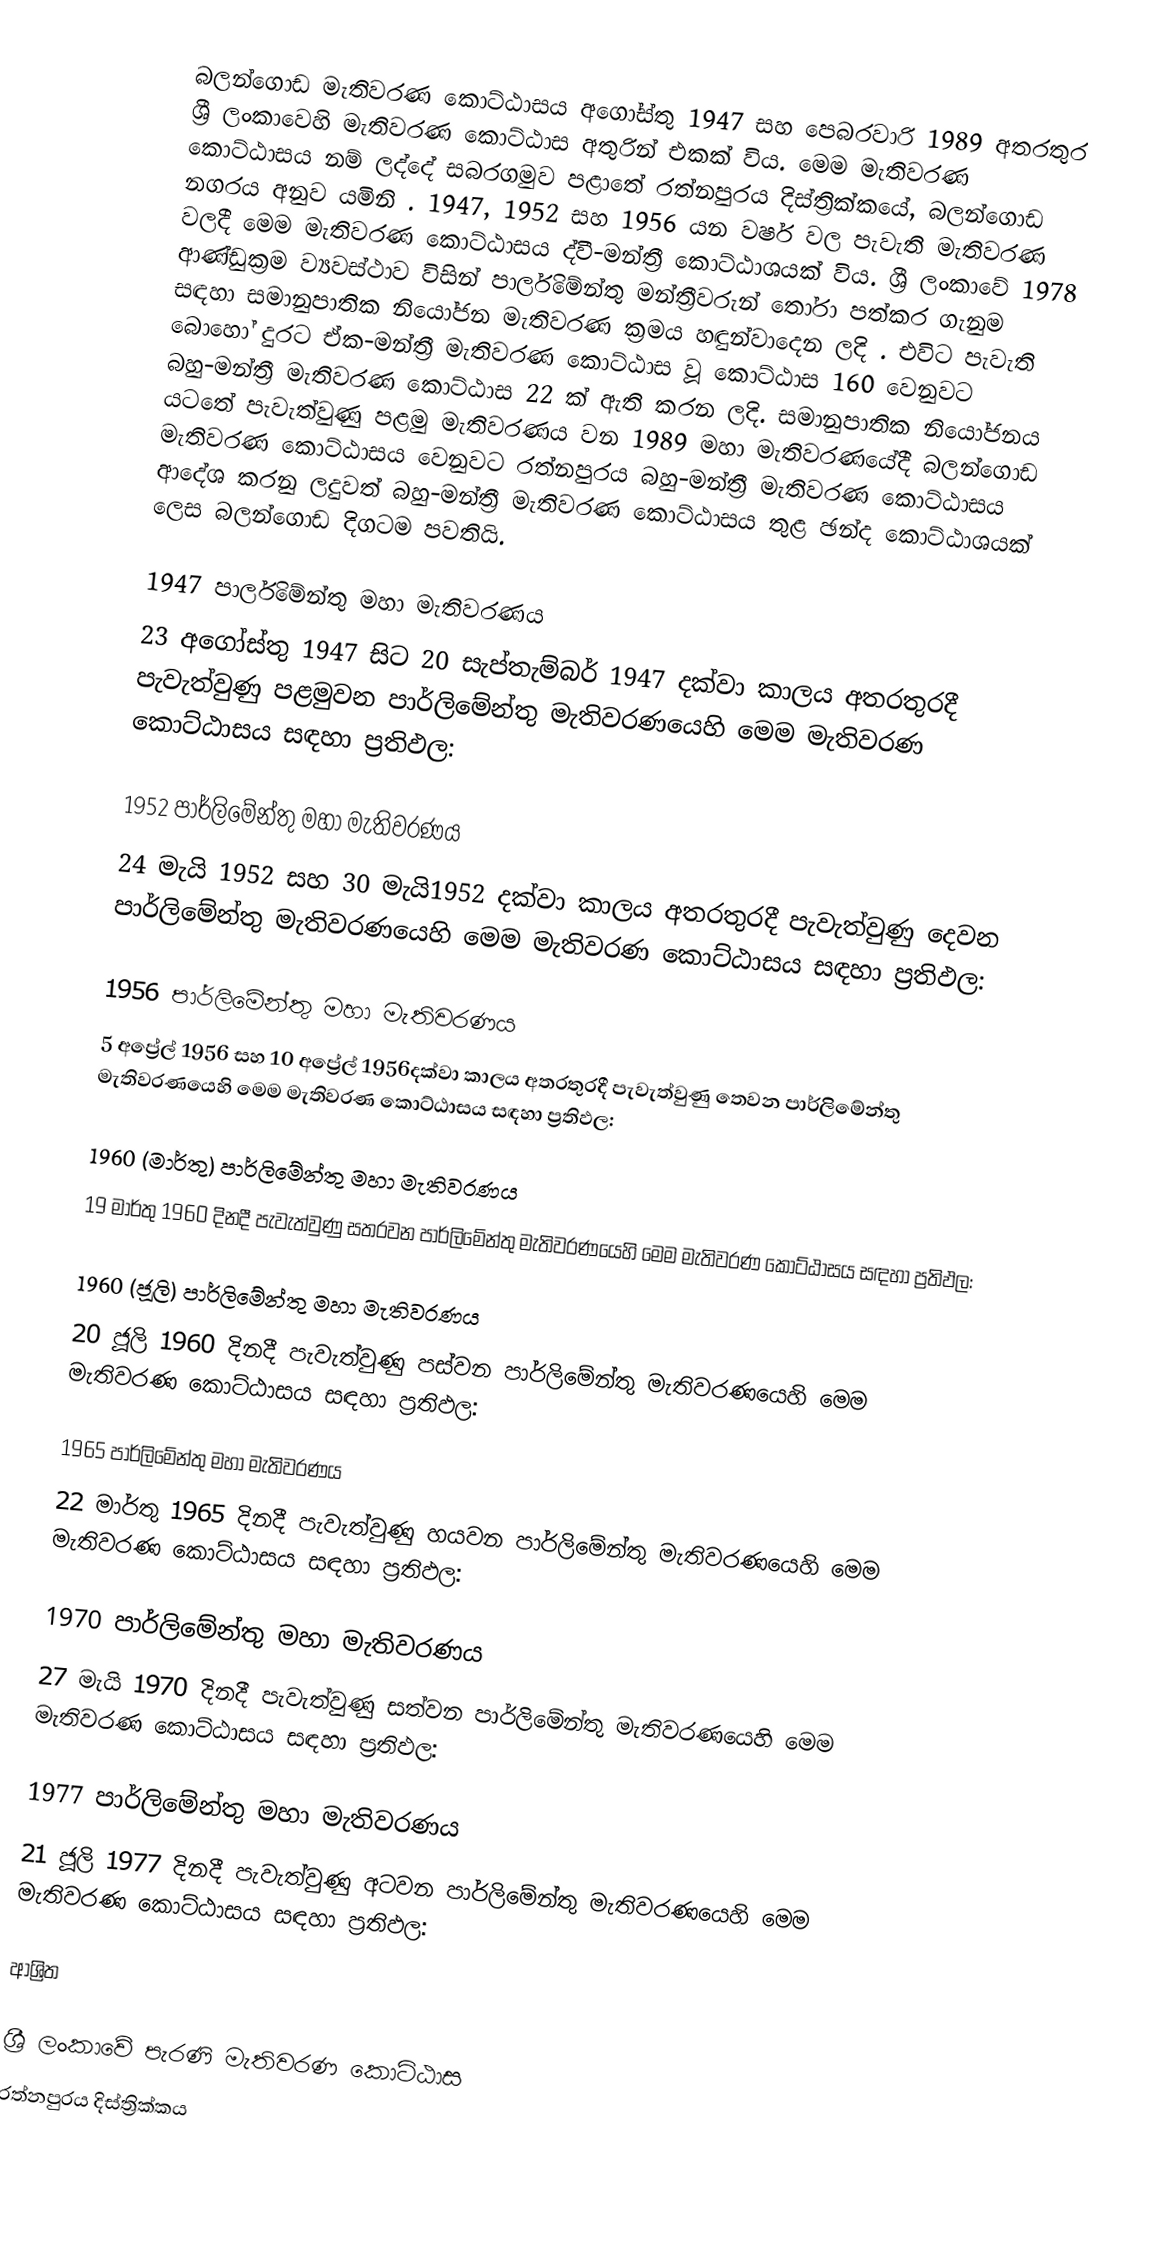
බලන්ගොඩ මැතිවරණ කොට්ඨාසය  අගෝස්තු 1947 සහ පෙබරවාරි 1989 අතරතුර  ශ්‍රී ලංකාවෙහි  මැතිවරණ කොට්ඨාස අතුරින් එකක් විය. මෙම මැතිවරණ කොට්ඨාසය නම් ලද්දේ  සබරගමුව පළාතේ  රත්නපුරය  දිස්ත්‍රික්කයේ,  බලන්ගොඩ නගරය අනුව යමිනි . 1947, 1952 සහ 1956 යන වර්ෂ වල පැවැති මැතිවරණ වලදී මෙම මැතිවරණ කොට්ඨාසය ද්වී-මන්ත්‍රී කොට්ඨාශයක් විය. ශ්‍රී ලංකාවේ 1978 ආණ්ඩුක්‍රම ව්‍යවස්ථාව විසින්   පාර්ලිමේන්තු මන්ත්‍රීවරුන් තෝරා පත්කර ගැනුම සඳහා සමානුපාතික නියෝජන මැතිවරණ ක්‍රමය හඳුන්වාදෙන ලදි . එවිට පැවැති බොහෝ දුරට  ඒක-මන්ත්‍රී මැතිවරණ කොට්ඨාස වූ කොට්ඨාස 160 වෙනුවට බහු-මන්ත්‍රී මැතිවරණ කොට්ඨාස 22 ක් ඇති කරන ලදි. සමානුපාතික නියෝජනය යටතේ පැවැත්වුණු පළමු මැතිවරණය වන 1989 මහා මැතිවරණයේදී  බලන්ගොඩ මැතිවරණ කොට්ඨාසය වෙනුවට  රත්නපුරය බහු-මන්ත්‍රී මැතිවරණ කොට්ඨාසය  ආදේශ කරනු ලදුවත් බහු-මන්ත්‍රී මැතිවරණ කොට්ඨාසය තුළ ඡන්ද කොට්ඨාශයක් ලෙස බලන්ගොඩ දිගටම පවතියි.

1947 පාර්ලිමේන්තු මහා මැතිවරණය
23 අගෝස්තු 1947 සිට 20 සැප්තැම්බර් 1947 දක්වා කාලය අතරතුරදී පැවැත්වුණු  පළමුවන පාර්ලිමේන්තු මැතිවරණයෙහි මෙම මැතිවරණ කොට්ඨාසය සඳහා ප්‍රතිඵල:

1952 පාර්ලිමේන්තු මහා මැතිවරණය
24 මැයි 1952 සහ 30 මැයි1952 දක්වා කාලය අතරතුරදී පැවැත්වුණු  දෙවන පාර්ලිමේන්තු මැතිවරණයෙහි මෙම මැතිවරණ කොට්ඨාසය සඳහා ප්‍රතිඵල:

1956 පාර්ලිමේන්තු මහා මැතිවරණය
5 අප්‍රේල් 1956 සහ 10 අප්‍රේල් 1956දක්වා කාලය අතරතුරදී පැවැත්වුණු  තෙවන පාර්ලිමේන්තු මැතිවරණයෙහි මෙම මැතිවරණ කොට්ඨාසය සඳහා ප්‍රතිඵල:

1960 (මාර්තු) පාර්ලිමේන්තු මහා මැතිවරණය
19 මාර්තු 1960 දිනදී පැවැත්වුණු  සතරවන පාර්ලිමේන්තු මැතිවරණයෙහි මෙම මැතිවරණ කොට්ඨාසය සඳහා ප්‍රතිඵල:

1960 (ජූලි) පාර්ලිමේන්තු මහා මැතිවරණය
20 ජූලි 1960 දිනදී පැවැත්වුණු  පස්වන පාර්ලිමේන්තු මැතිවරණයෙහි මෙම මැතිවරණ කොට්ඨාසය සඳහා ප්‍රතිඵල:

1965 පාර්ලිමේන්තු මහා මැතිවරණය
22 මාර්තු 1965  දිනදී පැවැත්වුණු  හයවන පාර්ලිමේන්තු මැතිවරණයෙහි මෙම මැතිවරණ කොට්ඨාසය සඳහා ප්‍රතිඵල:

1970 පාර්ලිමේන්තු මහා මැතිවරණය
27 මැයි 1970 දිනදී පැවැත්වුණු  සත්වන පාර්ලිමේන්තු මැතිවරණයෙහි මෙම මැතිවරණ කොට්ඨාසය සඳහා ප්‍රතිඵල:

1977 පාර්ලිමේන්තු මහා මැතිවරණය
21 ජූලි 1977 දිනදී පැවැත්වුණු  අටවන පාර්ලිමේන්තු මැතිවරණයෙහි මෙම මැතිවරණ කොට්ඨාසය සඳහා ප්‍රතිඵල:

ආශ්‍රිත

ශ්‍රී ලංකාවේ පැරණි මැතිවරණ කොට්ඨාස
 රත්නපුරය දිස්ත්‍රික්කය